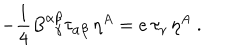
- { \frac { 1 } { 4 } } B _ { ~ ~ \gamma } ^ { \alpha \beta } \tau _ { \alpha \beta } \, \eta ^ { A } = e \, \tau _ { \gamma } \, \eta ^ { A } ~ .